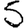
Digit: 5